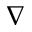
\ensuremath { \nabla }